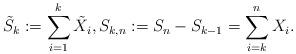
LaTeX: \begin{align*}\tilde{S}_{k}:=\sum_{i=1}^{k}\tilde{X}_{i},S_{k,n}:=S_{n}-S_{k-1}=\sum_{i=k}^{n}X_{i}.\end{align*}